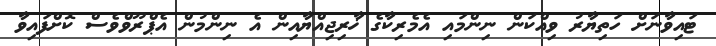
ޓައިވާނަށް ހަތިޔާރު ވިއްކަން ނިންމައި އެމެރިކާގެ ޚާރިޖިއްޔާއިން އެ ނިންމުން އެޕްރޫވްވެސް ކޮށްފައިވާ